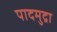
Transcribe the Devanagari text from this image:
पादमुद्रा